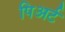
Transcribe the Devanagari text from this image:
पिअर्ट